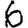
Digit: 6